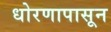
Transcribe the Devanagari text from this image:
धोरणापासून